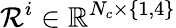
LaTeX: \mathcal{R}^{i}\in\mathbb{R}^{N_{c}\times\{ 1,4\} }